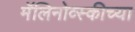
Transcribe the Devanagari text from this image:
मॅलिनोव्स्कीच्या